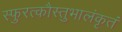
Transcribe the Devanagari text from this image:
स्फुरत्कौस्तुभालंकृतं